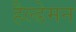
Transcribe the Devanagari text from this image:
हैल्डेमन